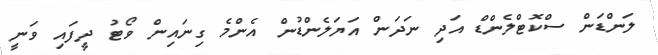
ލަންޑަން ސްކޮޓްލެންޑް އަދި ނަދަން އަޔަލެންޑުން އެންމެ ގިނައިން ވޯޓު ދީފައި ވަނީ